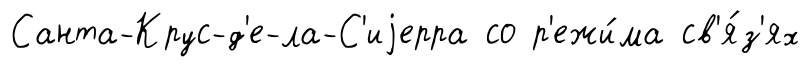
Санта-Крус-д'е-ла-С'иjерра со р'ежи́ма св'я́з'ях